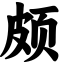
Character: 颇